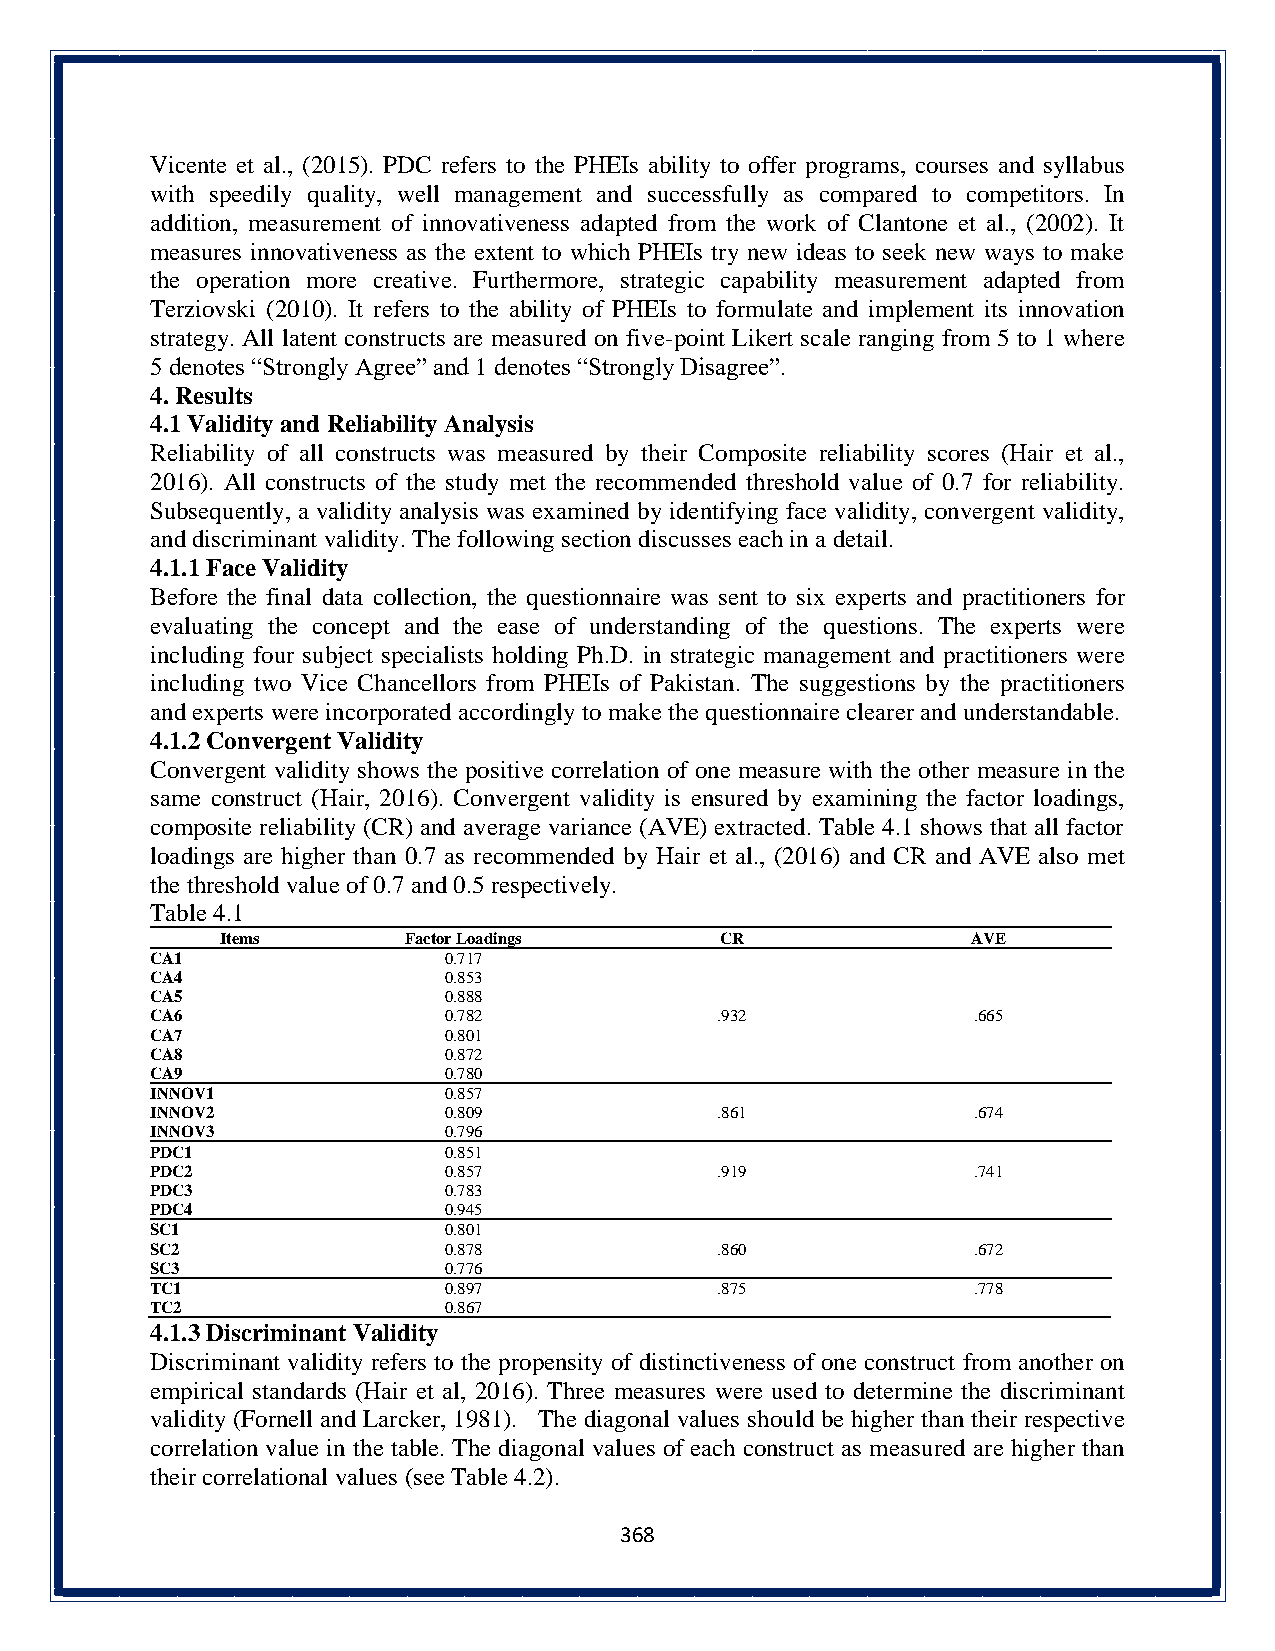
Vicente et al., (2015). PDC refers to the PHEIs ability to offer programs, courses and syllabus
 with speedily quality, well management and successfully as compared to competitors. In
 addition, measurement of innovativeness adapted from the work of Clantone et al., (2002). It
 measures innovativeness as the extent to which PHEIs try new ideas to seek new ways to make
 the operation more creative. Furthermore, strategic capability measurement adapted from
 Terziovski (2010). It refers to the ability of PHEIs to formulate and implement its innovation
 strategy. All latent constructs are measured on five-point Likert scale ranging from 5 to 1 where
 5 denotes “Strongly Agree” and 1 denotes “Strongly Disagree”.
 4. Results
 4.1 Validity and Reliability Analysis
 Reliability of all constructs was measured by their Composite reliability scores (Hair et al.,
 2016). All constructs of the study met the recommended threshold value of 0.7 for reliability.
 Subsequently, a validity analysis was examined by identifying face validity, convergent validity,
 and discriminant validity. The following section discusses each in a detail.
 4.1.1 Face Validity
 Before the final data collection, the questionnaire was sent to six experts and practitioners for
 evaluating the concept and the ease of understanding of the questions. The experts were
 including four subject specialists holding Ph.D. in strategic management and practitioners were
 including two Vice Chancellors from PHEIs of Pakistan. The suggestions by the practitioners
 and experts were incorporated accordingly to make the questionnaire clearer and understandable.
 4.1.2 Convergent Validity
 Convergent validity shows the positive correlation of one measure with the other measure in the
 same construct (Hair, 2016). Convergent validity is ensured by examining the factor loadings,
 composite reliability (CR) and average variance (AVE) extracted. Table 4.1 shows that all factor
 loadings are higher than 0.7 as recommended by Hair et al., (2016) and CR and AVE also met
 the threshold value of 0.7 and 0.5 respectively.
 Table 4.1
 Items       Factor Loadings      CR              AVE
 CA1                0.717
 CA4                0.853
 CA5                0.888
 CA6                0.782             .932             .665
 CA7                0.801
 CA8                0.872
 CA9                0.780
 INNOV1             0.857
 INNOV2             0.809             .861             .674
 INNOV3             0.796
 PDC1               0.851
 PDC2               0.857             .919             .741
 PDC3               0.783
 PDC4               0.945
 SC1                0.801
 SC2                0.878             .860             .672
 SC3                0.776
 TC1                0.897             .875             .778
 TC2                0.867
 4.1.3 Discriminant Validity
 Discriminant validity refers to the propensity of distinctiveness of one construct from another on
 empirical standards (Hair et al, 2016). Three measures were used to determine the discriminant
 validity (Fornell and Larcker, 1981). The diagonal values should be higher than their respective
 correlation value in the table. The diagonal values of each construct as measured are higher than
 their correlational values (see Table 4.2).
 368